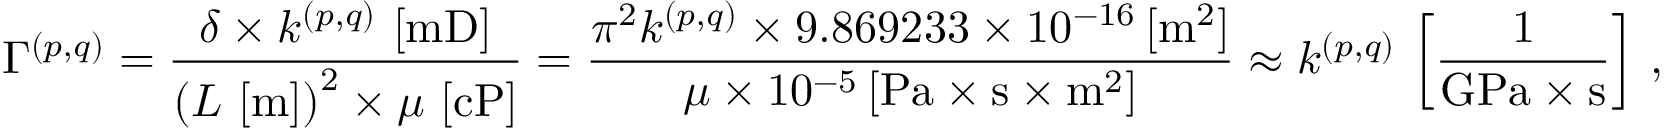
\Gamma ^ { ( p , q ) } = \frac { \delta \times k ^ { ( p , q ) } \, \left[ \mathrm { { m D } } \right] } { \left( L \, \left[ { \mathrm { m } } \right] \right) ^ { 2 } \times \mu \, \left[ \mathrm { { c P } } \right] } = \frac { \pi ^ { 2 } k ^ { ( p , q ) } \times 9 . 8 6 9 2 3 3 \times 1 0 ^ { - 1 6 } \, [ { \mathrm { m } } ^ { 2 } ] } { \mu \times 1 0 ^ { - 5 } \, [ \mathrm { { P a } } \times { \mathrm { s } } \times \mathrm { { m } } ^ { 2 } ] } \approx k ^ { ( p , q ) } \, \left[ \frac { 1 } { { \mathrm { G P a } } \times \mathrm { { s } } } \right] \, ,